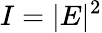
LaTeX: I=|E|^{2}